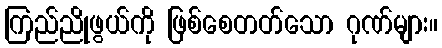
ကြည်ညိုဖွယ်ကို ဖြစ်စေတတ်သော ဂုဏ်များ။